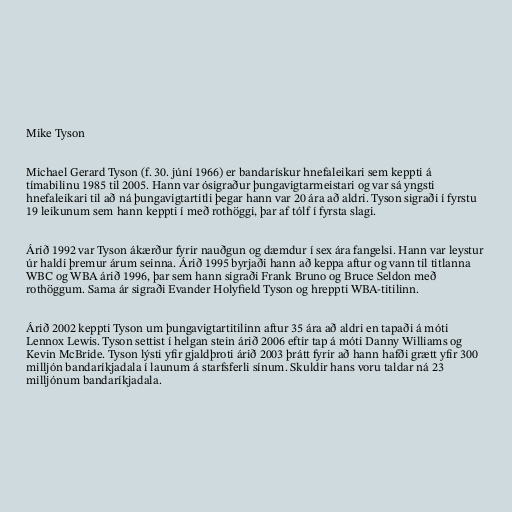
Mike Tyson

Michael Gerard Tyson (f. 30. júní 1966) er bandarískur hnefaleikari sem keppti á
tímabilinu 1985 til 2005. Hann var ósigraður þungavigtarmeistari og var sá yngsti
hnefaleikari til að ná þungavigtartitli þegar hann var 20 ára að aldri. Tyson sigraði í fyrstu
19 leikunum sem hann keppti í með rothöggi, þar af tólf í fyrsta slagi.

Árið 1992 var Tyson ákærður fyrir nauðgun og dæmdur í sex ára fangelsi. Hann var leystur
úr haldi þremur árum seinna. Árið 1995 byrjaði hann að keppa aftur og vann til titlanna
WBC og WBA árið 1996, þar sem hann sigraði Frank Bruno og Bruce Seldon með
rothöggum. Sama ár sigraði Evander Holyfield Tyson og hreppti WBA-titilinn.

Árið 2002 keppti Tyson um þungavigtartitilinn aftur 35 ára að aldri en tapaði á móti
Lennox Lewis. Tyson settist í helgan stein árið 2006 eftir tap á móti Danny Williams og
Kevin McBride. Tyson lýsti yfir gjaldþroti árið 2003 þrátt fyrir að hann hafði grætt yfir 300
milljón bandaríkjadala í launum á starfsferli sínum. Skuldir hans voru taldar ná 23
milljónum bandaríkjadala.